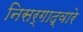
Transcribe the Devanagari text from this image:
निसर्गाद्वारे